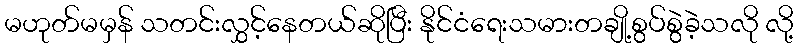
မဟုတ်မမှန် သတင်းလွှင့်နေတယ်ဆိုပြီး နိုင်ငံရေးသမားတချို့စွပ်စွဲခဲ့သလို လို့